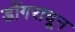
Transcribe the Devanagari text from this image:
डोंगरावून